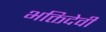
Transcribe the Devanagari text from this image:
भक्तिदेवी